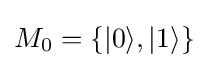
M_{0}=\left\{|0\rangle ,|1\rangle \right\}